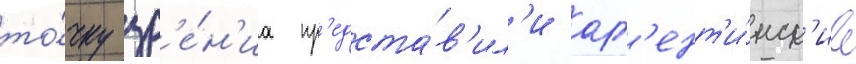
то́чку зр'е́н'иа пр'едста́в'ил'и арг'ент'и́нск'ие